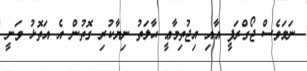
ނަމަވެސް ޖޯގްރަފީ އާއި އިޖުތިމާޢީ ޙާލަތު ނިޔާކުރި ގޮތުން އެ އަތޮޅު ވަނީ